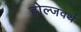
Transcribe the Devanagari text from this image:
होल्जवर्थ